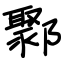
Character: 鄹